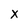
Character: x